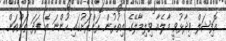
އޮފިޝަލް ވިދާޅުވީ މާލެއާ ވިލިމާލޭގެ އިތުރުން ރަށްރަށުގައި ހުންނަ އެ ފަދަ ތަންތަން